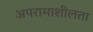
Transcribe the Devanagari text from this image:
अपरामाशीलता